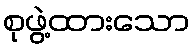
စုဖွဲ့ထားသော